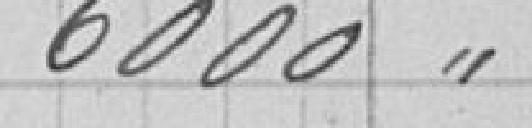
6000